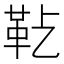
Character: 𩉟